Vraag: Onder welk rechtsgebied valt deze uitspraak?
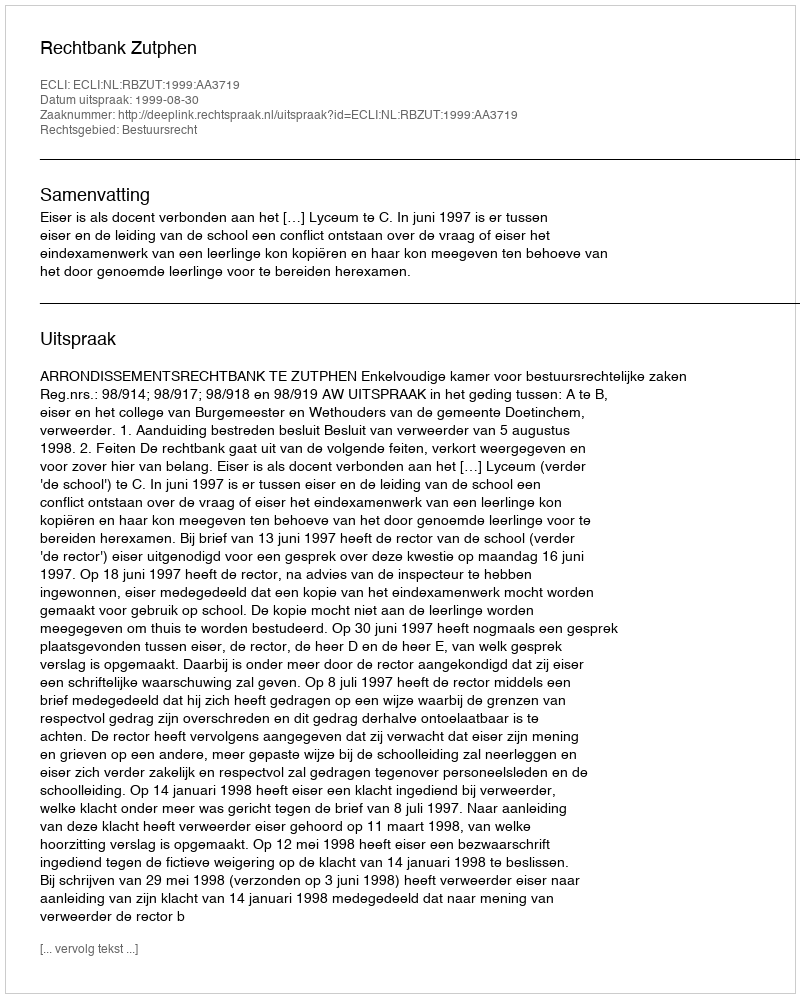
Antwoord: Bestuursrecht